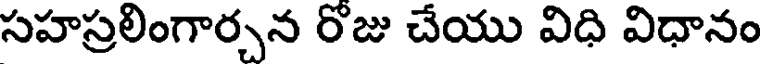
సహస్రలింగార్చన రొజు చేయు విధి విధానం